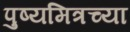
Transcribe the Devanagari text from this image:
पुष्यमित्रच्या